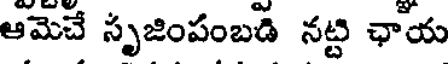
ఆమెచే సృజింపంబడి నట్టి ఛాయ